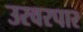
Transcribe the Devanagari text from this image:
उरवरपार